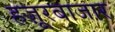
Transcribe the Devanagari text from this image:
हज़ूरबाजार